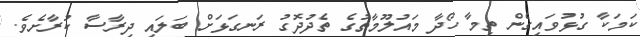
ކަމަކާ ގުޅުވައިގެން ތިމާ ހޯދާ މައުލޫމާތުގެ ތެދުދޮގު ރަނގަޅަށް ބަލައި ދިރާސާ ކުރާށެވެ.